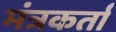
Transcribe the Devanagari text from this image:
मंत्रकर्ता